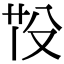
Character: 𦭇